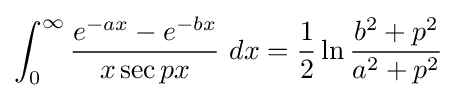
\int _{0}^{\infty }{\frac {e^{-ax}-e^{-bx}}{x\sec px}}\ dx={\frac {1}{2}}\ln {\frac {b^{2}+p^{2}}{a^{2}+p^{2}}}